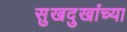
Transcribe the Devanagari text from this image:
सुखदुखांच्या